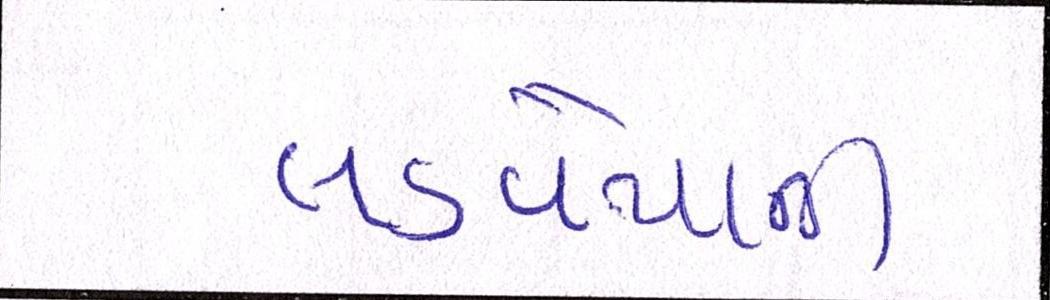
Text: લડવૈયાની